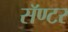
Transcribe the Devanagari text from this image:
सॅण्टर